Medical and sanitary report of the native army of Bengal for the year
Year: 1875
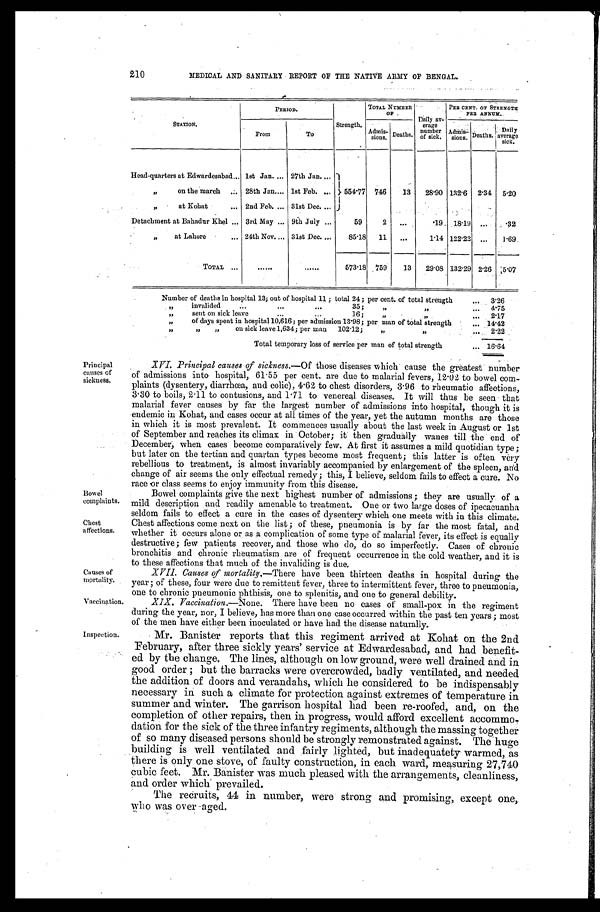
Bowel
complaints.
Chest
affections.
Causes of
mortality.
Vaccination,
210
MEDICAL AND SANITARY REPORT OF THE NATIVE ARMY OF BENGAL.
STATION.
P E R I O D .
Strength.
TOTAL NUMBER
OF
Dai l y av- er age
number
of sick.
PER CENT. OF STRENGTH
PER ANNUM.
From
To
Admi
s-sions. Deaths.
Admis-sions. Deaths.
Daily
average
sick.
Head-quarters at Edwardesabad 1st Jan.
27th Jan.
554.77 746
13
28·90 132·6 2·34 5·20
” on the march
28th Jan.
1st Feb.
” at Kohat
2nd Feb.
31st Dec.
Detachment at Bahadur Khel
3rd May
9th July
59
2 ...
·19 18·19 ... ·32
” at Lahore
24th Nov.
31st Dec.
85·18 11 ...
1·14 122·22 ...
1·69
TOTAL
......
.....
573·18 759
13
29·08 132·29 2·26 5·07
Number of deaths in hospital 13; out of hospital 11; total 24; per cent. of total strength ...
3·26
” i n v a l i d e d . . . . . . . . . 3 5 ; ” ” . . .
4 · 7 5
” sent on sick leave ... ... 16; ” ” ...
2 · 1 7
„
”
of days spent in hospital 10,616; per admission 13·98; per man of total strength ...
1 4 · 4 2
” ” ” on sick leave 1,634; per man 102.12; ” ” ...
2·22
Total temporary loss of service per man of total strength ...
1 6 · 6 4
Principal
causes of
sickness.
Inspection.
XVI. Principal causes of sickness. —Of those diseases which cause the greatest number
of admissions into hospital, 61.55 per cent. are due to malarial fevers, 12.02 to bowel com-
- p l a i n t s ( d y s e n t e r y , d i a r r h œ a , a n d c o l i c ) , 4 . 6 2 t o c h e s t d i s o r d e r s , 3 . 9 6 t o r h e u m a t i c a f f e c t i o n s ,
3.30 to boils, 2.11 to contusions, and 1.71 to venereal diseases. It will thus be seen that
malarial fever causes by far the largest number of admissions into hospital, though it is
endemic in Kohat, and cases occur at all times of the year, yet the autumn mouths are those
in which it is most prevalent. It commences usually about the last week in August or 1st
of September and reaches its climax in October; it then gradually wanes till the end of
December, when cases become comparatively few. At first it assumes a mild quotidian type;
but later on the tertian and quartan types become most frequent; this latter is often very
rebellious to treatment, is almost invariably accompanied by enlargement of the spleen, and
change of air seems the only effectual remedy; this, I believe, seldom fails to effect a cure. No
race or class seems to enjoy immunity from this disease.
Bowel complaints give the next highest number of admissions; they are usually of a
mild description and readily amenable to treatment. One or two large doses of ipecacuanha
seldom fails to effect a cure in the cases of dysentery which one meets with in this climate.
Chest affections come next on the list; of these, pneumonia is by far the most fatal, and
whether it occurs alone or as a complication of some type of malarial fever, its effect is equally
destructive; few patients recover, and those who do, do so imperfectly. Cases of chronic
bronchitis and chronic rheumatism are of frequent occurrence in the cold weather, and it is
t o t h e s e a f f e c t i o n s t h a t m u c h o f t h e i n v a l i d i n g i s d u e .
XVII. Causes of mortality. —There have been thirteen deaths in hospital during the
year; of these, four were due to remittent fever, three to intermittent fever, three to pneumonia,
one to chronic pneumonic phthisis, one to splenitis, and one to general debility.
XIX. Vaccination. —None. There have been no cases of small-pox in the regiment
during the year, nor, I believe, has more than one case occurred within the past ten years; most
of the men have either been inoculated or have had the disease naturally.
Mr. Banister reports that this regiment arrived at Kohat on the 2nd
February, after three sickly years' service at Edwardesabad, and had benefit
-ed by the change. The lines, although on low ground, were well drained and in
g o o d o r d e r ; b u t t h e b a r r a c k s we r e o v e r c r o wd e d , b a d l y v e n t i l a t e d , a n d n e e d e d
the addition of doors and verandahs, which he considered to be indispensably
necessary in such a climate for protection against extremes of temperature in
summer and winter. The garrison hospital had been re-roofed, and, on the
completion of other repairs, then in progress, would afford excellent accommo-
-dation for the sick of the three infantry regiments, although the massing together
of so many diseased persons should be strongly remonstrated against. The huge
building is well ventilated and fairly lighted, but inadequatety warmed, as
there is only one stove, of faulty construction, in each ward, measuring 27,740
cubic feet. Mr. Banister was much pleased with the arrangements, cleanliness,
and order which prevailed.
The recruits, 44 in number, were strong and promising, except one,
who was over -aged.